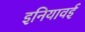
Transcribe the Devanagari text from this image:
इनियावई